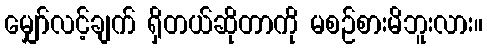
မျှော်လင့်ချက် ရှိတယ်ဆိုတာကို မစဉ်စားမိဘူးလား။